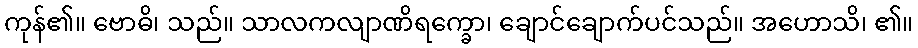
ကုန်၏။ ဗောဓိ၊ သည်။ သာလကလျာဏိရက္ခော၊ ချောင်ချောက်ပင်သည်။ အဟောသိ၊ ၏။